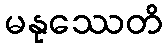
မနုဿေတိ